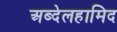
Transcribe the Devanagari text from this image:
अब्देलहामिद